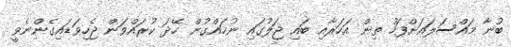
ބުނާ މައްސަލައަށްފަހު ތިން އަހަރާއި ބައި ޖަލުގައި ނުހައްގުން ހޭދަ ކުރައްވަން ޖެހިވަޑައިގެންނެވީ